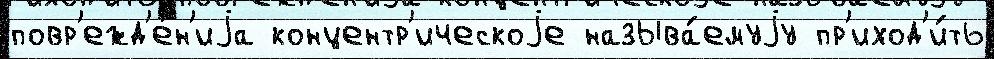
повр'ежд'е́н'иjа концентр'ическоjе называ́емуjу пр'иход'и́ть